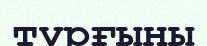
тұрғыны